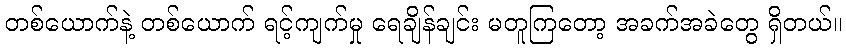
တစ်ယောက်နဲ့ တစ်ယောက် ရင့်ကျက်မှု ရေချိန်ချင်း မတူကြတော့ အခက်အခဲတွေ ရှိတယ်။